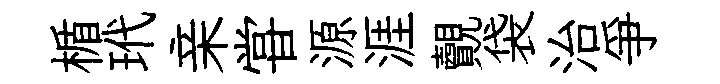
楯玳亲甞源涯覿袋治爭